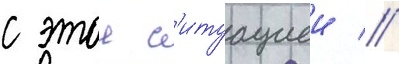
с этои с'итуациеи //